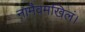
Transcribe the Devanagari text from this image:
नामैवमखिलं।